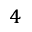
^ 4